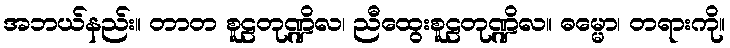
အဘယ်နည်း။ တာတ စူဠတုဏ္ဍိလ၊ ညီထွေးစူဠတုဏ္ဍိလ။ ဓမ္မော၊ တရားကို။